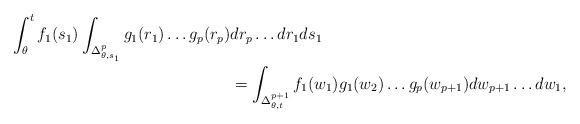
\begin{align*}\int_{\theta}^t f_1(s_1) \int_{\Delta_{\theta,s_1}^p} g_1(r_1) \dots g_p(r_p) & dr_p \dots dr_1 ds_1 \\ & = \int_{\Delta_{\theta,t}^{p+1}} f_1(w_1) g_1(w_2) \dots g_p(w_{p+1}) dw_{p+1} \dots dw_1,\end{align*}